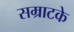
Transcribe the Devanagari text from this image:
सम्राटके